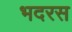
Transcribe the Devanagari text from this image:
भदरस